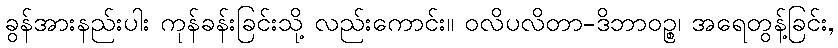
ခွန်အားနည်းပါး ကုန်ခန်းခြင်းသို့ လည်းကောင်း။ ဝလိပလိတာ-ဒိဘာဝဉ္စ၊ အရေတွန့်ခြင်း,